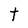
Character: t